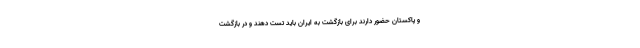
و پاکستان حضور دارند برای بازگشت به ایران باید تست دهند و در بازگشت